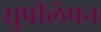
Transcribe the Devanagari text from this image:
सुपीलेपन